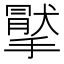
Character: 𢵤